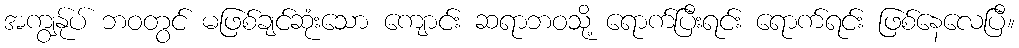
အကျွန်ုပ် ဘဝတွင် မဖြစ်ချင်ဆုံးသော ကျောင်း ဆရာဘဝသို့ ရောက်ပြီးရင်း ရောက်ရင်း ဖြစ်နေလေပြီ။